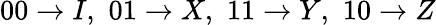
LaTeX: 00\to I,\, \, 01\to X,\, \, 11\to Y,\, \, 10\to Z